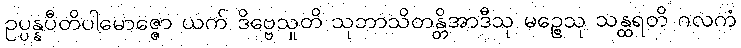
ဥပ္ပန္နပီတိပါမောဇ္ဇော ယက် ဒိဗ္ဗေသူတိ သုဘာသိတန္တိအာဒီသု မဉ္စေသု သန္ထရတိ ဂလကံ